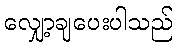
လျှော့ချပေးပါသည်